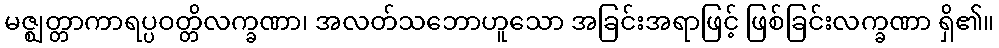
မဇ္ဈတ္တာကာရပ္ပဝတ္တိလက္ခဏာ၊ အလတ်သဘောဟူသော အခြင်းအရာဖြင့် ဖြစ်ခြင်းလက္ခဏာ ရှိ၏။